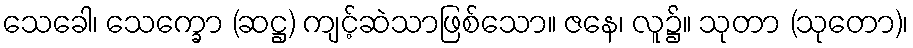
သေခေါ၊ သေက္ခော (ဆဋ္ဌ) ကျင့်ဆဲသာဖြစ်သော။ ဇနေ၊ လူ၌။ သုတာ (သုတော)၊